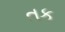
તક